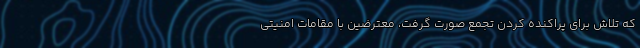
که تلاش برای پراکنده کردن تجمع صورت گرفت، معترضین با مقامات امنیتی